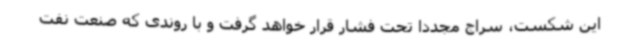
این شکست، سراج مجددا تحت فشار قرار خواهد گرفت و با روندی که صنعت نفت